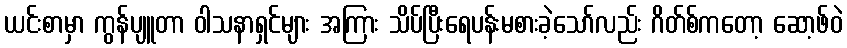
ယင်းစာမှာ ကွန်ပျူတာ ဝါသနာရှင်များ အကြား သိပ်ပြီးရေပန်းမစားခဲ့သော်လည်း ဂိတ်စ်ကတော့ ဆော့ဖ်ဝဲ